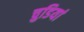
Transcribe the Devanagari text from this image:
चुडियां